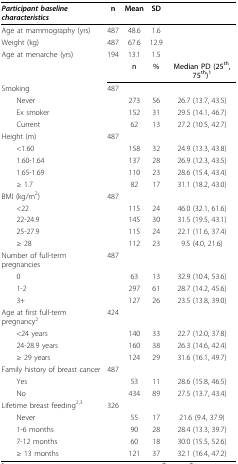
<table><thead><tr><td><b><i>Participant baseline characteristics</i></b></td><td><b>n</b></td><td><b>Mean</b></td><td><b>SD</b></td><td></td></tr></thead><tbody><tr><td>Age at mammography (yrs)</td><td>487</td><td>48.6</td><td>1.6</td><td></td></tr><tr><td>Weight (kg)</td><td>487</td><td>67.6</td><td>12.9</td><td></td></tr><tr><td>Age at menarche (yrs)</td><td>194</td><td>13.1</td><td>1.5</td><td></td></tr><tr><td></td><td></td><td><b>n</b></td><td><b>%</b></td><td><b>Median PD (25<sup>th</sup>, 75<sup>th</sup>)<sup>1</sup></b></td></tr><tr><td>Smoking</td><td>487</td><td></td><td></td><td></td></tr><tr><td> Never</td><td></td><td>273</td><td>56</td><td>26.7 (13.7, 43.5)</td></tr><tr><td> Ex smoker</td><td></td><td>152</td><td>31</td><td>29.5 (14.1, 46.7)</td></tr><tr><td> Current</td><td></td><td>62</td><td>13</td><td>27.2 (10.5, 42.7)</td></tr><tr><td>Height (m)</td><td>487</td><td></td><td></td><td></td></tr><tr><td> &lt;1.60</td><td></td><td>158</td><td>32</td><td>24.9 (13.3, 43.8)</td></tr><tr><td> 1.60-1.64</td><td></td><td>137</td><td>28</td><td>26.9 (12.3, 43.5)</td></tr><tr><td> 1.65-1.69</td><td></td><td>110</td><td>23</td><td>28.6 (15.4, 43.4)</td></tr><tr><td> ≥ 1.7</td><td></td><td>82</td><td>17</td><td>31.1 (18.2, 43.0)</td></tr><tr><td>BMI (kg/m<sup>2</sup>)</td><td>487</td><td></td><td></td><td></td></tr><tr><td> &lt;22</td><td></td><td>115</td><td>24</td><td>46.0 (32.1, 61.6)</td></tr><tr><td> 22-24.9</td><td></td><td>145</td><td>30</td><td>31.5 (19.5, 43.1)</td></tr><tr><td> 25-27.9</td><td></td><td>115</td><td>24</td><td>22.1 (11.6, 37.4)</td></tr><tr><td> ≥ 28</td><td></td><td>112</td><td>23</td><td>9.5 (4.0, 21.6)</td></tr><tr><td>Number of full-term pregnancies</td><td>487</td><td></td><td></td><td></td></tr><tr><td> 0</td><td></td><td>63</td><td>13</td><td>32.9 (10.4, 53.6)</td></tr><tr><td> 1-2</td><td></td><td>297</td><td>61</td><td>28.7 (14.2, 45.6)</td></tr><tr><td> 3+</td><td></td><td>127</td><td>26</td><td>23.5 (13.8, 39.0)</td></tr><tr><td>Age at first full-term pregnancy<sup>2</sup></td><td>424</td><td></td><td></td><td></td></tr><tr><td> &lt;24 years</td><td></td><td>140</td><td>33</td><td>22.7 (12.0, 37.8)</td></tr><tr><td> 24-28.9 years</td><td></td><td>160</td><td>38</td><td>26.3 (14.6, 42.4)</td></tr><tr><td> ≥ 29 years</td><td></td><td>124</td><td>29</td><td>31.6 (16.1, 49.7)</td></tr><tr><td>Family history of breast cancer</td><td>487</td><td></td><td></td><td></td></tr><tr><td> Yes</td><td></td><td>53</td><td>11</td><td>28.6 (15.8, 46.5)</td></tr><tr><td> No</td><td></td><td>434</td><td>89</td><td>27.5 (13.7, 43.4)</td></tr><tr><td>Lifetime breast feeding<sup>2,3</sup></td><td>326</td><td></td><td></td><td></td></tr><tr><td> Never</td><td></td><td>55</td><td>17</td><td>21.6 (9.4, 37.9)</td></tr><tr><td> 1-6 months</td><td></td><td>90</td><td>28</td><td>28.4 (13.3, 39.7)</td></tr><tr><td> 7-12 months</td><td></td><td>60</td><td>18</td><td>30.0 (15.5, 52.6)</td></tr><tr><td> ≥ 13 months</td><td></td><td>121</td><td>37</td><td>32.1 (16.4, 47.2)</td></tr></tbody></table>